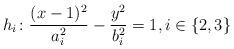
LaTeX: \begin{align*} h_i \colon \frac{(x-1)^2}{a_i^2} - \frac{y^2}{b_i^2} = 1 , i \in \{2,3\}\end{align*}